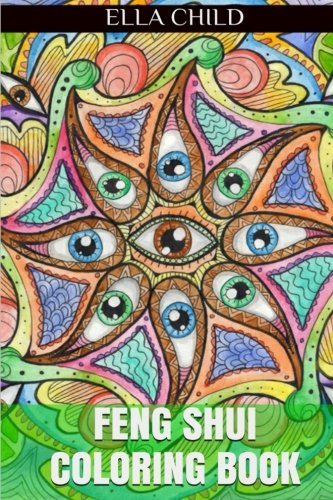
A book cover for Feng Shui Coloring Book: Stress Relieving Patterns (Adult Coloring Book); Ella Child; Religion & Spirituality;